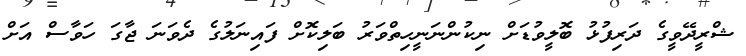
ޝްރީދޭވީގެ ދަރިފުޅު ބޮލީވުޑަށް ނިކުންނަނީހިތްވަރު ބަލިކޮށް ފައިނަލުގެ ދެވަނަ ޖާގަ ހަވާސް އަށް